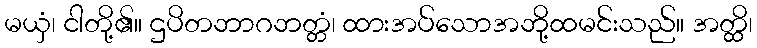
မယှံ၊ ငါတို့၏။ ဌပိတဘာဂဘတ္တံ၊ ထားအပ်သောအဘို့ထမင်းသည်။ အတ္ထိ၊